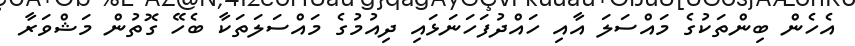
އެހެން ބިންތަކުގެ މައްސަލަ އާއި ހައްދުފަހަނަޅައި ދިއުމުގެ މައްސަލަތަކާ ބެހޭ ގޮތުން މަޝްވަރާ